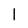
Character: l